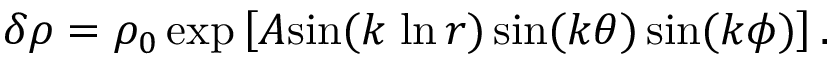
\delta \rho = \rho _ { 0 } \, \mathrm { e x p } \left[ A \mathrm { s i n } ( k \; \mathrm { l n } \, r ) \, \mathrm { s i n } ( k \theta ) \, \mathrm { s i n } ( k \phi ) \right] .